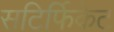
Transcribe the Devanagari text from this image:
सटिर्फिकेट